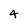
Character: 4